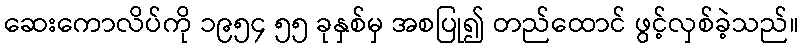
ဆေးကောလိပ်ကို ၁၉၅၄ ၅၅ ခုနှစ်မှ အစပြု၍ တည်ထောင် ဖွင့်လှစ်ခဲ့သည်။